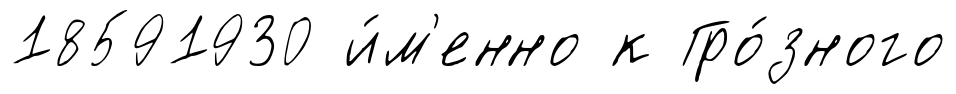
18591930 и́м'енно к Гро́зного